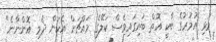
މުޅި އުމުރުގެ ބާކީ އޮތް ބައިގައިވެސް ކަލޭގެ މައްޗަށް އެކަން ދެމި އޮންނާނެ"